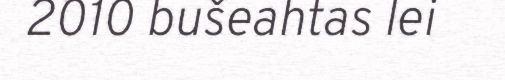
2010 bušeahtas lei